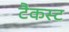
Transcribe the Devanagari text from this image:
टैकस्ट